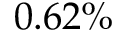
0 . 6 2 \%